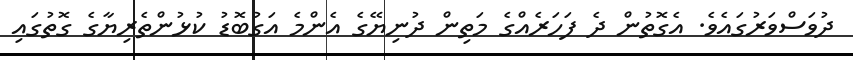
ދުވަސްވަރުގައެވެ. އެގޮތުން ދެ ފަހަރެއްގެ މަތިން ދުނިޔޭގެ އެންމެ އަގުބޮޑު ކުޅުންތެރިޔާގެ ގޮތުގައި